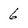
Character: 6